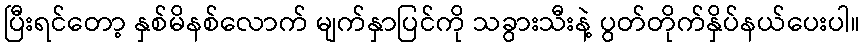
ပြီးရင်တော့ နှစ်မိနစ်လောက် မျက်နှာပြင်ကို သခွားသီးနဲ့ ပွတ်တိုက်နှိပ်နယ်ပေးပါ။